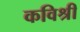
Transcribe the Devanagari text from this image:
कविश्री